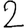
Digit: 2